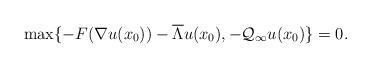
LaTeX: \begin{align*}\max\{-F(\nabla u(x_{0}))-\overline \Lambda u(x_{0}), -\mathcal Q_{\infty}u(x_{0})\}=0.\end{align*}